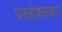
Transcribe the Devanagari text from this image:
परलोकसाधन